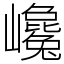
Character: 巉